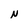
Character: N